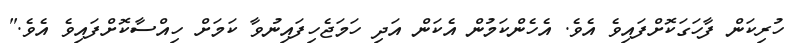
ހުރިކަން ފާހަގަކޮށްފައިވެ އެވެ. އެހެންކަމުން އެކަން އަދި ހަމަޖެހިފައިނުވާ ކަމަށް ހިއްސާކޮށްފައިވެ އެވެ."